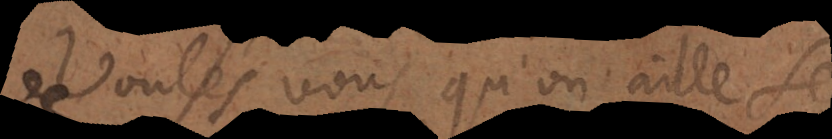
Voulés vous qu’on aille se